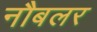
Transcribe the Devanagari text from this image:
नौबलर